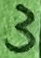
Text: 3